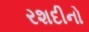
રશદીનો